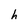
Character: h